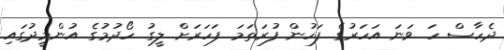
ދެހާސް ހަ ވަނަ އަހަރުގެ ފަހުން ފުރަތަމަ ފަހަރަށް ލީގު ހޯދުމުގެ އުންމީދުގައި